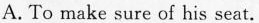
A. To make sure of his scat.